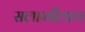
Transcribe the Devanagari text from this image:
सलामीलाच